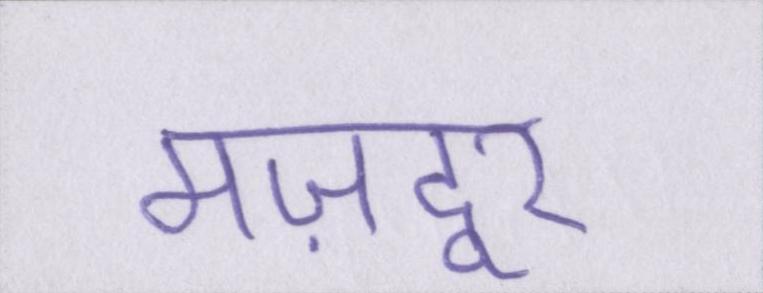
मज़दूर